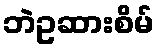
ဘဲဥဆားစိမ်